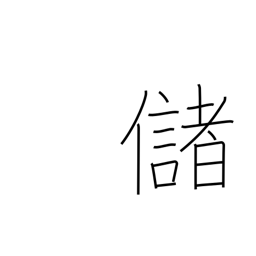
Meaning: yield profit